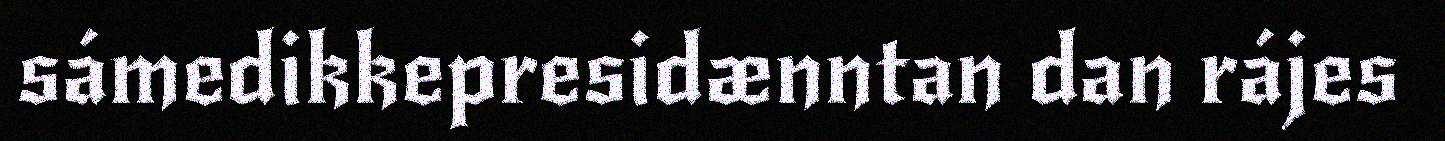
sámedikkepresidænntan dan rájes